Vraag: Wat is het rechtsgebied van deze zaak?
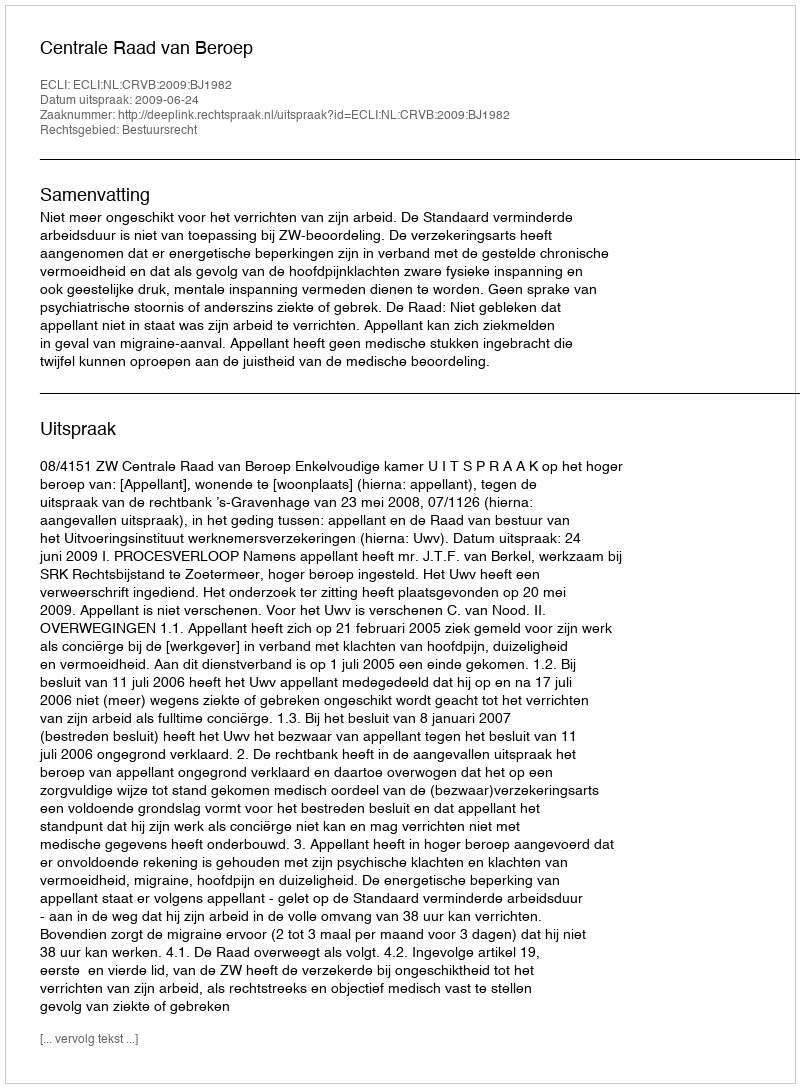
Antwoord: Bestuursrecht